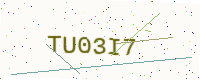
Text: TU03I7